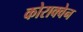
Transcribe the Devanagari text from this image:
कोराक्वेन